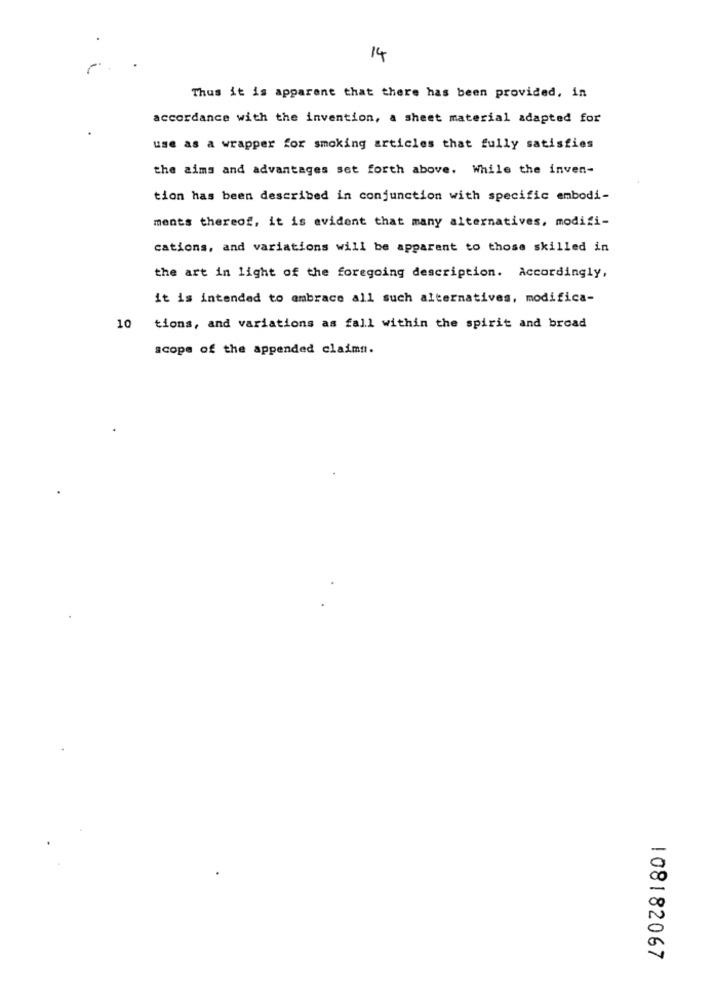
14
Thus it is apparent that there has been provided, in
accordance with the invention, a sheet material adapted for
use as a wrapper for smoking articles that fully satisfies
the aims and advantages set forth above. While the inven-
tion has been described in conjunction with specific embodi-
ments thereof, it is evident that many alternatives, modifi-
cations, and variations will be apparent to those skilled in
the art in light of the foregoing description. Accordingly,
it is intended to embrace all such alternatives, modifica-
10
tions, and variations as fall within the spirit and broad
scope of the appended claims.
108182067